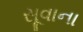
સૂવાના